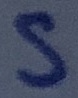
Text: S